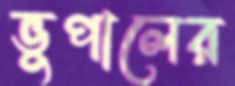
ভুপালের